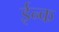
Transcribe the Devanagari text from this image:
ईन्क